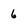
Character: 6